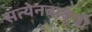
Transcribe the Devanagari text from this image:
सत्येनबाबूची